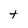
Character: t